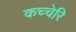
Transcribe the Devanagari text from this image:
कच्चेरि